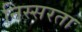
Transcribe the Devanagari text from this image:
निस्सरता